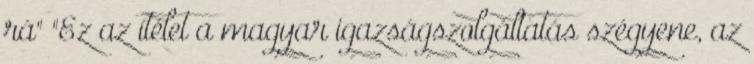
rá" "Ez az ítélet a magyar igazságszolgáltatás szégyene, az